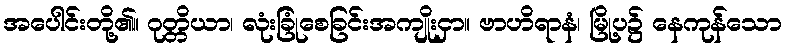
အပေါင်းတို့၏။ ဂုတ္တိယာ၊ လုံးခြုံစေခြင်းအကျိုးငှာ။ ဗာဟိရာနံ၊ မြို့ပ၌ နေကုန်သော